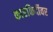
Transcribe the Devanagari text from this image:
कारकिर्दीवर